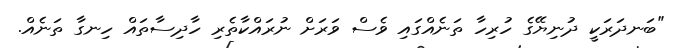
"ބަނދަރަކީ ދުނިޔޭގެ ހުރިހާ ތަނެއްގައި ވެސް ވަރަށް ނުރައްކާތެރި ހާދިސާތައް ހިނގާ ތަނެއް.